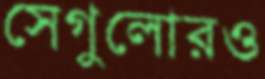
সেগুলোরও